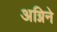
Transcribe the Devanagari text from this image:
अग्निने